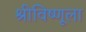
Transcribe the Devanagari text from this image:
श्रीविष्णूला